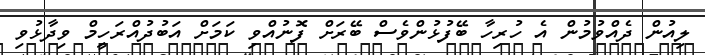
ލިއުން ދެއްވުމުން އެ ހުރިހާ ބޭފުޅުންވެސް ބޭރަށް ފޮނުއްވި ކަމަށް އަބުދުއްރަހީމް ވިދާޅުވި